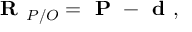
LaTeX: { \textbf { R } } _ { P / O } = { \textbf { P } } - { \textbf { d } } ,